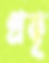
প্রকৃ